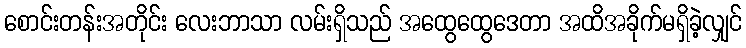
စောင်းတန်းအတိုင်း လေးဘာသာ လမ်းရှိသည် အထွေထွေဒေတာ အထိအခိုက်မရှိခဲ့လျှင်